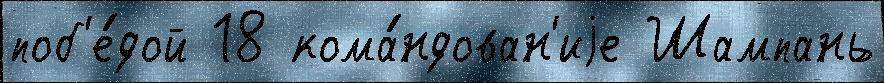
поб'е́дой 18 кома́ндован'иjе Шампань